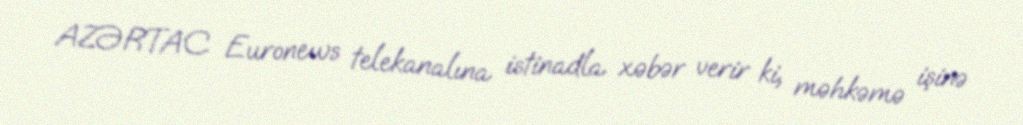
AZƏRTAC Euronews telekanalına istinadla xəbər verir ki, məhkəmə işinə